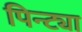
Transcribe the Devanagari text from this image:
पिन्ट्या